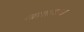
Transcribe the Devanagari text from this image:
खाशाबाचा